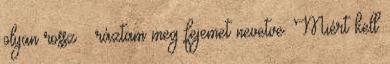
olyan rossz – ráztam meg fejemet nevetve. Miért kell